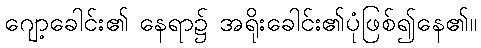
ဂျော့ခေါင်း၏ နေရာ၌ အရိုးခေါင်း၏ပုံဖြစ်၍နေ၏။